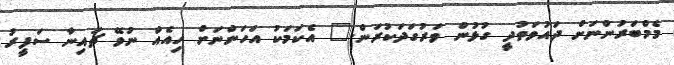
މެމްބަރުންނަށް ދައުވަތުދީ ގުޅުން ވަރުގަދަކުރަން." އެކަމަކު އަހަންނަށް ހިއެއް ނުވޭ ޗައިނާ ސަފީރު